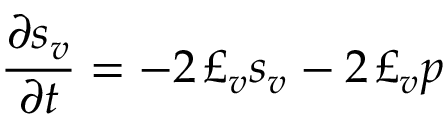
\frac { \partial s _ { v } } { \partial t } = - 2 \, \pounds _ { v } s _ { v } - 2 \, \pounds _ { v } p